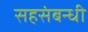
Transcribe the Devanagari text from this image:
सहसंबन्धी